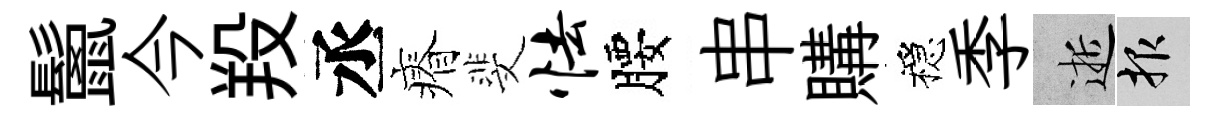
鬛今羖丞瘠斐怯腰串購穩季逝報